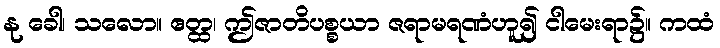
နု ခေါ၊ သလော။ ဧတ္ထ၊ ဤဇာတိပစ္စယာ ဇရာမရဏံဟူ၍ ငါမေးရာ၌။ ကထံ